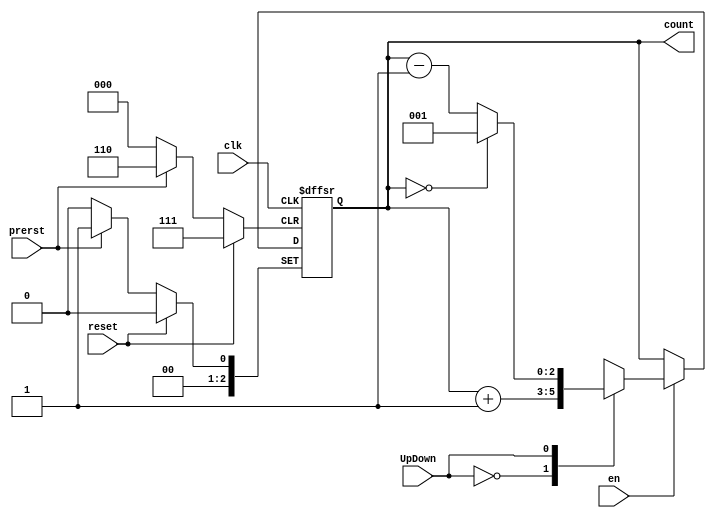


`timescale 1ns / 1ps
//////////////////////////////////////////////////////////////////////////////////
// Company: 
// Engineer: 
// 
// Design Name: 
// Module Name: repexp2
// Project Name: 
// Target Devices: 
// Tool Versions: 
// Description: 
// 
// Dependencies: 
// 
// Revision:
// Revision 0.01 - File Created
// Additional Comments:
// 
//////////////////////////////////////////////////////////////////////////////////


module bin_counter_nbits #(parameter x=3, parameter n= 10, parameter z = n)(clk,prerst, reset,en, UpDown, count );

input clk,reset, UpDown,en,prerst;
output reg [x-1:0] count;


always @(posedge clk, posedge reset, posedge prerst) begin
 if (reset == 1)
 begin
 count <= 0;
 end
else if(prerst == 1)count <= (z)-1;
 else 
 if(en ==1) begin
case (UpDown)
0: 
  if ((count==(n)-1))
  begin
  count <= 0;
  end
else count <= count + 1; 

1: 
 if ((count==0))
  begin
  
    count <= (n)-1;
  end
else 
 count <= count - 1;  
endcase
 end

 end

endmodule